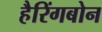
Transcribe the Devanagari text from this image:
हैरिंगबोन